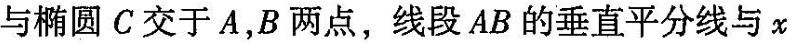
与椭圆C交于A，B两点，线段AB的垂直平分线与x